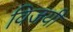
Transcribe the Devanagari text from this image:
विजयीं